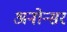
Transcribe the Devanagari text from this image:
अनोन्सर